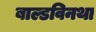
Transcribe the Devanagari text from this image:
बाल्डविनथा